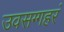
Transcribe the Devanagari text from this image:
उवसग्गहरं